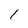
Character: l